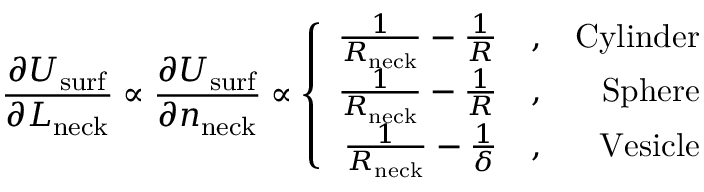
\frac { \partial U _ { \mathrm { s u r f } } } { \partial L _ { \mathrm { n e c k } } } \propto \frac { \partial U _ { \mathrm { s u r f } } } { \partial n _ { \mathrm { n e c k } } } \propto \left\{ \begin{array} { r l r } { \frac { 1 } { R _ { \mathrm { n e c k } } } - \frac { 1 } { R } } & { , } & { \mathrm { C y l i n d e r } } \\ { \frac { 1 } { R _ { \mathrm { n e c k } } } - \frac { 1 } { R } } & { , } & { \mathrm { S p h e r e } } \\ { \frac { 1 } { R _ { \mathrm { n e c k } } } - \frac { 1 } { \delta } } & { , } & { \mathrm { V e s i c l e } } \end{array} \right.